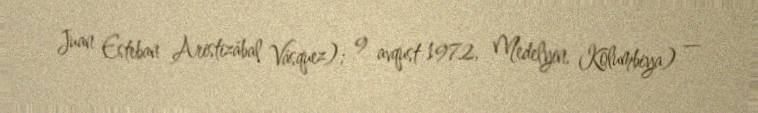
Juan Esteban Aristizábal Vásquez); 9 avqust 1972, Medelyin, Kolumbiya) —